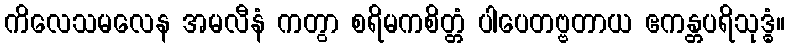
ကိလေသမလေန အမလီနံ ကတွာ စရိမကစိတ္တံ ပါပေတဗ္ဗတာယ ဧကန္တပရိသုဒ္ဓံ။